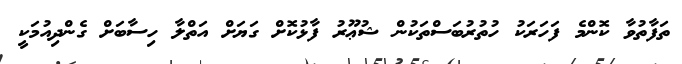
ތަފާތުވާ ކޮންމެ ފަހަރަކު ހުތުރުބަސްތަކުން ޝުޢޫރު ފާޅުކޮށް ގަޔަށް އަތްލާ ހިސާބަށް ގެންދިއުމަކީ